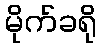
မိုက်ခရို